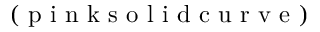
( \mathrm { ~ p ~ i ~ n ~ k ~ s ~ o ~ l ~ i ~ d ~ c ~ u ~ r ~ v ~ e ~ } )